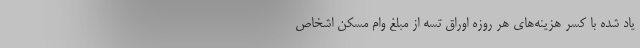
یاد شده با کسر هزینه‌های هر روزه اوراق تسه از مبلغ وام مسکن اشخاص